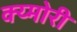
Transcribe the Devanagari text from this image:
क्य्मोरी